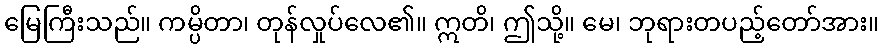
မြေကြီးသည်။ ကမ္ပိတာ၊ တုန်လှုပ်လေ၏။ ဣတိ၊ ဤသို့။ မေ၊ ဘုရားတပည့်တော်အား။